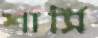
শার্সি